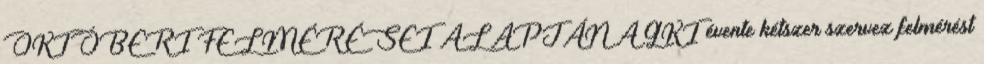
OKTÓBERI FELMÉRÉSEI ALAPJÁN A GKI évente kétszer szervez felmérést